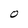
Character: O